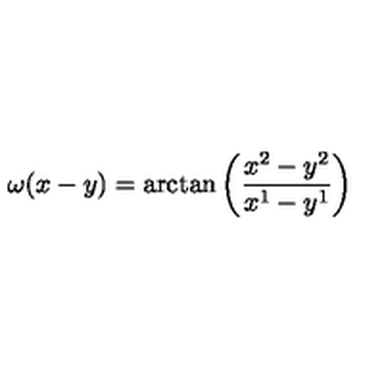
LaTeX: \omega ( x - y ) = \arctan \left( \frac { x ^ { 2 } - y ^ { 2 } } { x ^ { 1 } - y ^ { 1 } } \right)